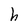
Character: h